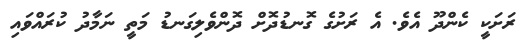
ރަށަކީ ކެންދޫ އެވެ. އެ ރަށުގެ ގޮނޑުދޮށް ދޮންވެލިގަނޑު މަތީ ނަމާދު ކުރައްވައި